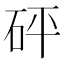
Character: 砰